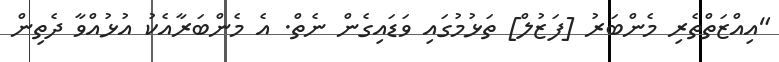
"އިއްޒަތްތެރި މެންބަރު [ފަޒުލް] ތަޅުމުގައި ވަޑައިގެން ނެތް. އެ މެންބަރާއެކު އުޅުއްވާ ދެތިން